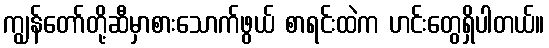
ကျွန်တော်တို့ဆီမှာစားသောက်ဖွယ် စာရင်းထဲက ဟင်းတွေရှိပါတယ်။